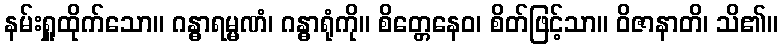
နမ်းရှူထိုက်သော။ ဂန္ဓာရမ္မဏံ၊ ဂန္ဓာရုံကို။ စိတ္တေနေဝ၊ စိတ်ဖြင့်သာ။ ဝိဇာနာတိ၊ သိ၏။